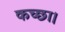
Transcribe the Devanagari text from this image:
कच्छा।